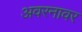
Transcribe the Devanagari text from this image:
अवरनावर